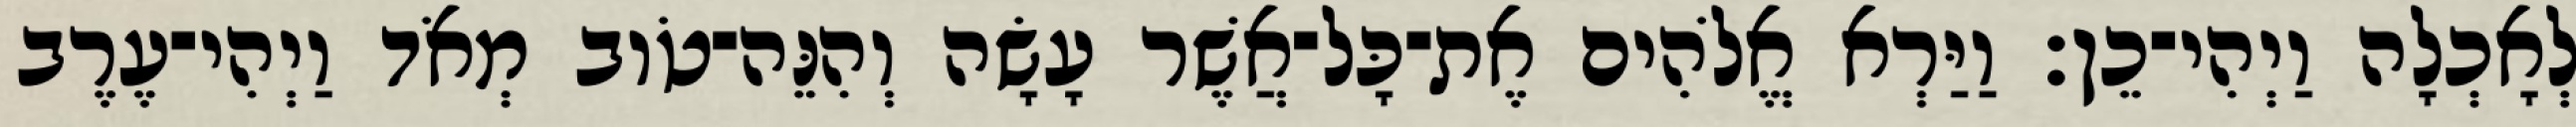
לְאָכְלָה וַיְהִי־כֵן׃ וַיַּרְא אֱלֹהִים אֶת־כָּל־אֲשֶׁר עָשָׂה וְהִנֵּה־טֹוב מְאֹד וַיְהִי־עֶרֶב